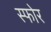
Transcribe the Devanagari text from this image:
स्फोर